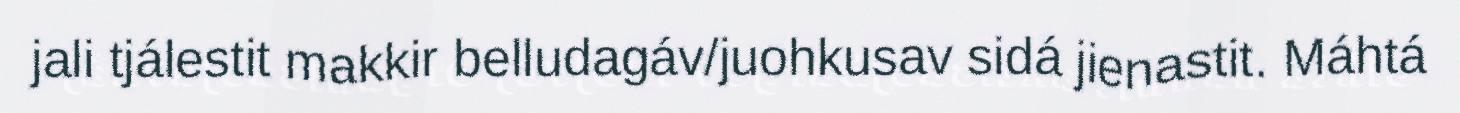
jali tjálestit makkir belludagáv/juohkusav sidá jienastit. Máhtá